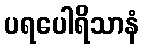
ပရပေါရိသာနံ